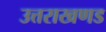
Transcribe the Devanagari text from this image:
उत्तराखणड